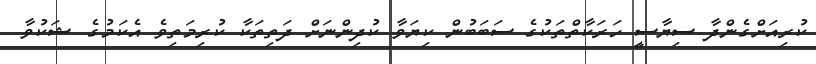
ކުރިއަށްގެންދާ ސިޔާސީ ހަރަކާތްތަކުގެ ސަބަބުން ކިޔަވާ ކުދިންނަށް ދަތިތަކާ ކުރިމަތިވެ އެކަމުގެ ޝަކުވާ